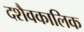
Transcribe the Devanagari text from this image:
दशैवकालिक